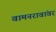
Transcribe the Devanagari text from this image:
वामनरावांवर